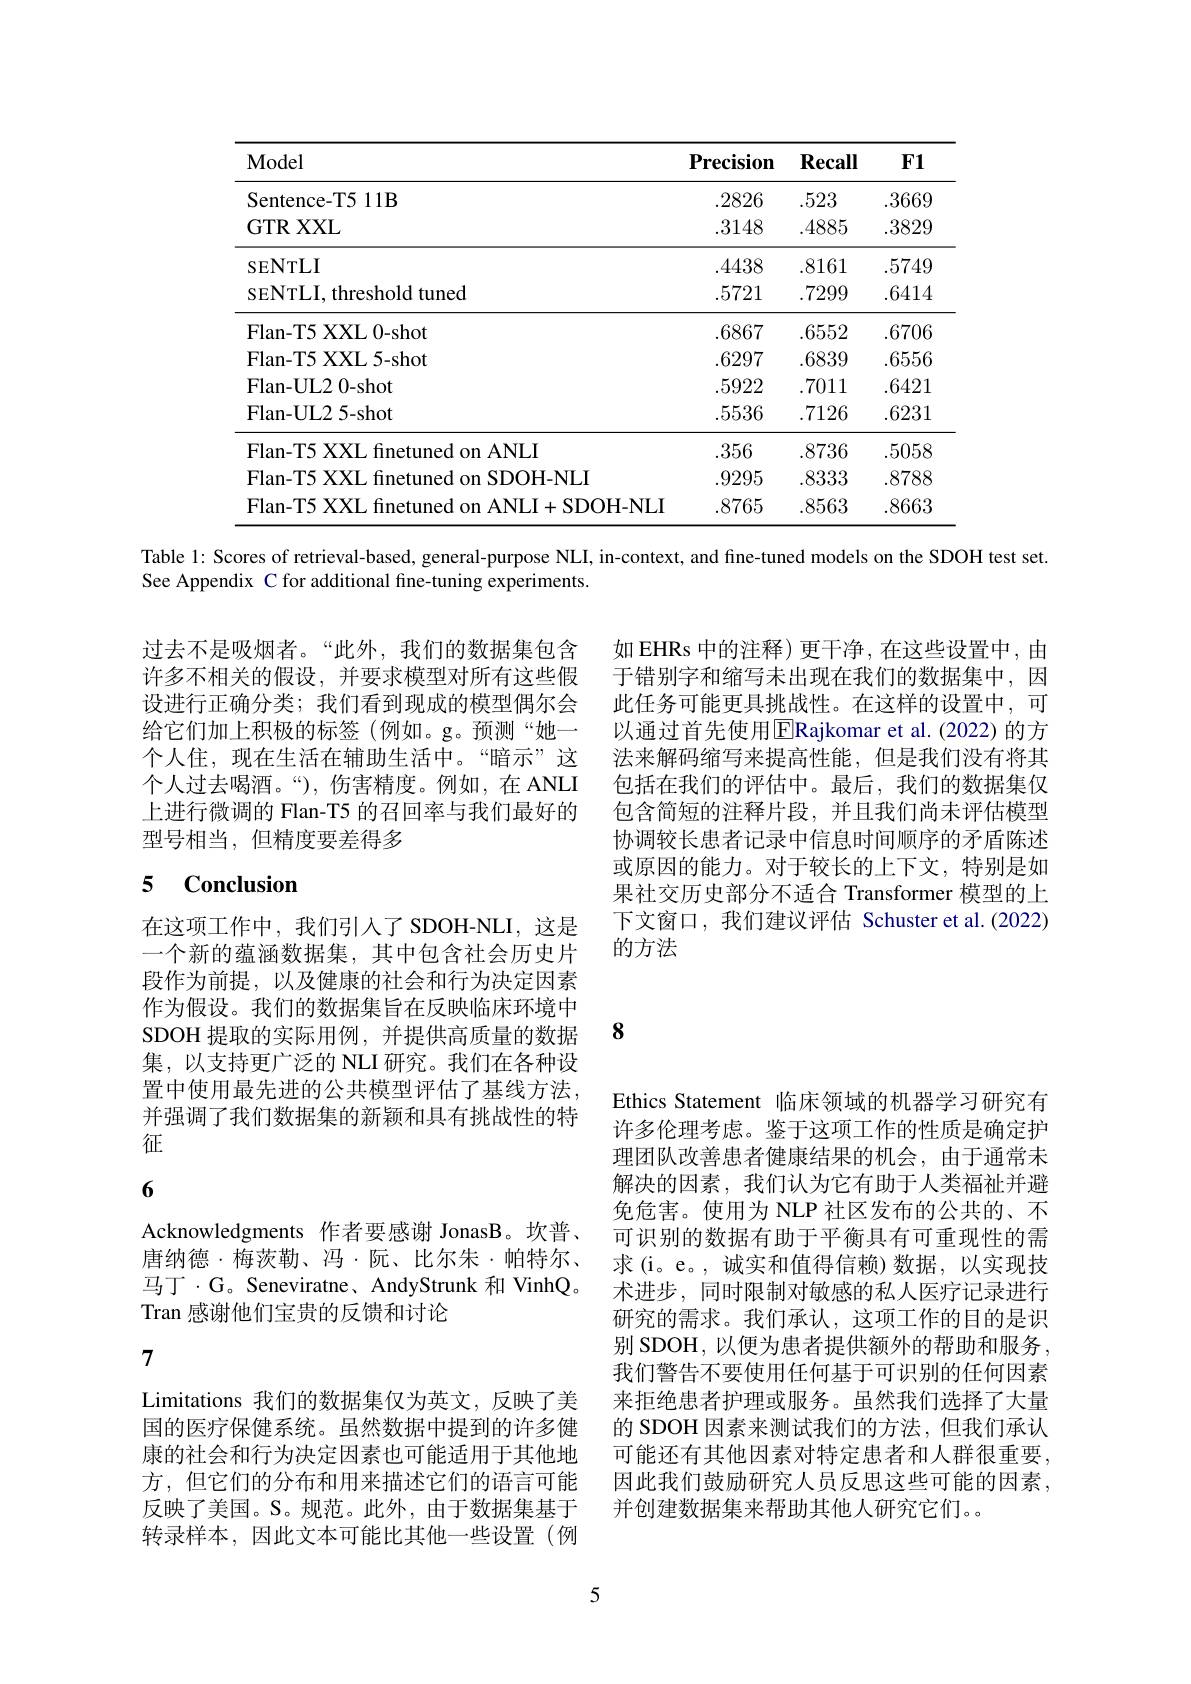
<table>
	<tbody>
		<tr>
			<th>Model</th>
			<th>$\mathbf{Precision}$</th>
			<th>$\mathbf{Recall}$</th>
			<th>$\mathbf{F1}$</th>
		</tr>
		<tr>
			<td>Sentence- T5 11B</td>
			<td>.2826</td>
			<td>.523</td>
			<td>.3669</td>
		</tr>
		<tr>
			<td>GTR XXL</td>
			<td>.3148</td>
			<td>.4885</td>
			<td>.3829</td>
		</tr>
		<tr>
			<td>SENTLI</td>
			<td>.4438</td>
			<td>.8161</td>
			<td>.5749</td>
		</tr>
		<tr>
			<td>sENTLI, threshold tuned</td>
			<td>.5721</td>
			<td>.7299</td>
			<td>.6414</td>
		</tr>
		<tr>
			<td>Flan-T5 XXL 0-shot</td>
			<td>.6867</td>
			<td>.6552</td>
			<td>.6706</td>
		</tr>
		<tr>
			<td>Flan- T5 XXL 5- shot</td>
			<td>.6297</td>
			<td>.6839</td>
			<td>.6556</td>
		</tr>
		<tr>
			<td>Flan- UL2 0- shot</td>
			<td>.5922</td>
			<td>.7011</td>
			<td>.6421</td>
		</tr>
		<tr>
			<td>Flan- UL2 5- shot</td>
			<td>.5536</td>
			<td>.7126</td>
			<td>.6231</td>
		</tr>
		<tr>
			<td>Flan-T5 XXL finetuned on ANLI</td>
			<td>.356</td>
			<td>.8736</td>
			<td>.5058</td>
		</tr>
		<tr>
			<td>Flan-T5 XXL finetuned on SDOH-NLI</td>
			<td>.9295</td>
			<td>.8333</td>
			<td>.8788</td>
		</tr>
		<tr>
			<td>Flan-T5 XXL finetuned on ANLI+SDOH-NLI</td>
			<td>.8765</td>
			<td>.8563</td>
			<td>.8663</td>
		</tr>
	</tbody>
</table>

Table l: Scores of retrieval-based, general-purpose NLI, in-context, and fine-tuned models on the SDOH test set.
See Appendix C for additional fine-tuning experiments.

过去不是吸烟者。“此外，我们的数据集包含许多不相关的假设，并要求模型对所有这些假设进行正确分类；我们看到现成的模型偶尔会给它们加上积极的标签(例如。g。预测“她一个人住，现在生活在辅助生活中。“暗示”这个人过去喝酒。“),伤害精度。例如，在 ANLI 上进行微调的 Flan-T5 的召回率与我们最好的型号相当，但精度要差得多

如 EHRs 中的注释) 更干净，在这些设置中，由于错别字和缩写未出现在我们的数据集中，因此任务可能更具挑战性。在这样的设置中，可以通过首先使用$\overline{\mathrm{E}}$Rajkomar et al.(2022)的方法来解码缩写来提高性能，但是我们没有将其包括在我们的评估中。最后，我们的数据集仅包含简短的注释片段，并且我们尚未评估模型协调较长患者记录中信息时间顺序的矛盾陈述或原因的能力。对于较长的上下文，特别是如果社交历史部分不适合 Transformer 模型的上下文窗口，我们建议评估 Schuster et al.(2022) 的方法

## 5 Conclusion

SDOH 提取的实际用例，并提供高质量的数据 8

在这项工作中，我们引入了SDOH-NLI,这是一个新的蕴涵数据集，其中包含社会历史片段作为前提，以及健康的社会和行为决定因素作为假设。我们的数据集旨在反映临床环境中集，以支持更广泛的 NLI 研究。我们在各种设置中使用最先进的公共模型评估了基线方法， 并强调了我们数据集的新颖和具有挑战性的特征

## 6

Acknowledgments 作者要感谢 JonasB。坎普、 唐纳德·梅茨勒、冯·阮、比尔朱·帕特尔、 马丁·G。Seneviratne、AndyStrunk 和 VinhQ。Tran 感谢他们宝贵的反馈和讨论

Ethics Statement 临床领域的机器学习研究有许多伦理考虑。鉴于这项工作的性质是确定护理团队改善患者健康结果的机会，由于通常未解决的因素，我们认为它有助于人类福祉并避免危害。使用为 NLP 社区发布的公共的、不可识别的数据有助于平衡具有可重现性的需求(i。e。,诚实和值得信赖)数据，以实现技术进步，同时限制对敏感的私人医疗记录进行研究的需求。我们承认，这项工作的目的是识别 SDOH, 以便为患者提供额外的帮助和服务， 我们警告不要使用任何基于可识别的任何因素来拒绝患者护理或服务。虽然我们选择了大量的 SDOH 因素来测试我们的方法，但我们承认可能还有其他因素对特定患者和人群很重要， 因此我们鼓励研究人员反思这些可能的因素， 并创建数据集来帮助其他人研究它们。。

7

Limitations 我们的数据集仅为英文，反映了美国的医疗保健系统。虽然数据中提到的许多健康的社会和行为决定因素也可能适用于其他地方，但它们的分布和用来描述它们的语言可能反映了美国。S。规范。此外，由于数据集基于转录样本，因此文本可能比其他一些设置(例

5